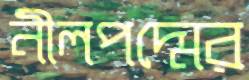
নীলপদ্মের